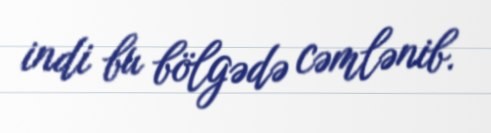
indi bu bölgədə cəmlənib.